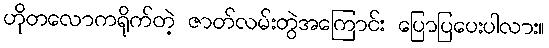
ဟိုတလောကရိုက်တဲ့ ဇာတ်လမ်းတွဲအကြောင်း ပြောပြပေးပါလား။